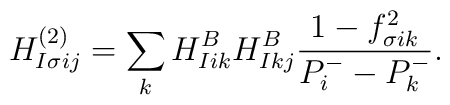
H_{I\sigma ij}^{(2)} = \sum_k H_{Iik}^BH_{Ikj}^B		\frac{1 - f_{\sigma i k}^2}{P^-_i - P^-_k} .